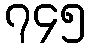
၇၄၅